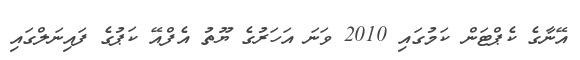
އޭނާގެ ކެޕްޓަން ކަމުގައި 2010 ވަނަ އަހަރުގެ ޔޫތު އެފްއޭ ކަޕުގެ ފައިނަލްގައި